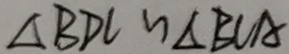
\Delta B D C \sim \Delta B C A